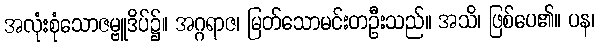
အလုံးစုံသောဇမ္ဗူဒိပ်၌။ အဂ္ဂရာဇ၊ မြတ်သောမင်းတဦးသည်။ အသိ၊ ဖြစ်ပေ၏။ ပန၊